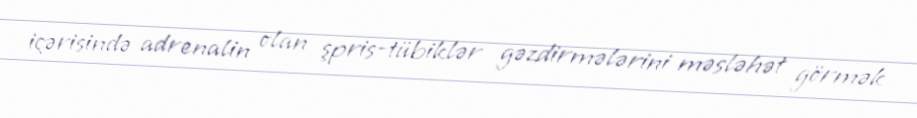
içərisində adrenalin olan şpris-tübiklər gəzdirmələrini məsləhət görmək